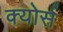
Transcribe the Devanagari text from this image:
क्योर्स